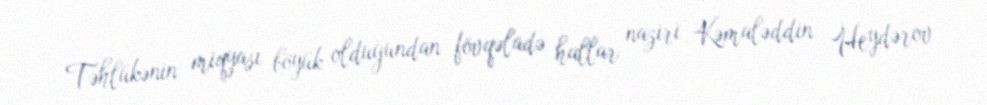
Təhlükənin miqyası böyük olduğundan fövqəladə hallar naziri Kəmaləddin Heydərov